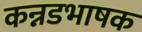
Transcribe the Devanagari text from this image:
कन्नडभाषक